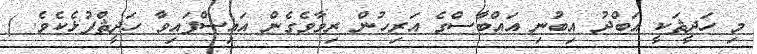
މި ހަދީޘަކީ އަބްދު އިބުނި އައްބާސްގެ އަރިހުން ރިވާވެގެން އައިސްފައިވާ ހަދީޘްފުޅެކެވެ. )